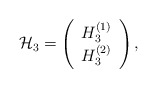
\begin{align*}{\cal H}_3 =\left(\begin{array}{c} H_3^{(1)}\\ H_3^{(2)} \end{array}\right),\end{align*}